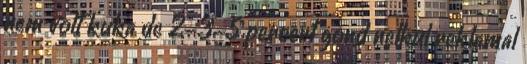
nem volt kuka de 2-3-5 percert gond nelkul reklamal